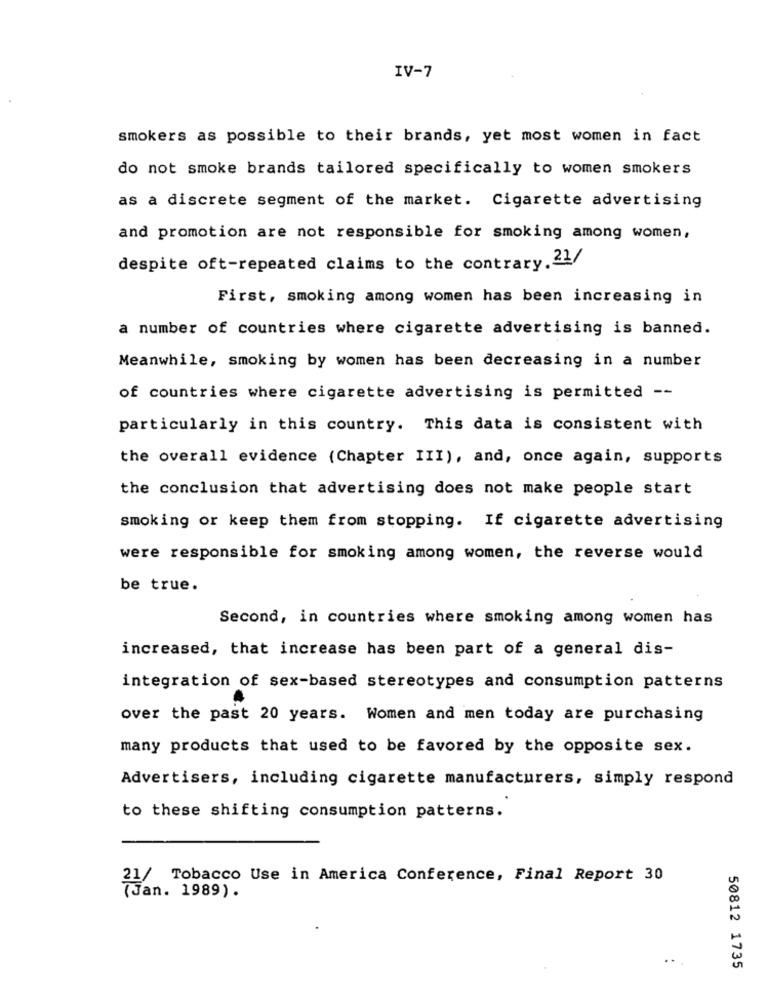
IV-7
smokers as possible to their brands, yet most women in fact
do not smoke brands tailored specifically to women smokers
as a discrete segment of the market. Cigarette advertising
and promotion are not responsible for smoking among women,
despite oft-repeated claims to the contrary. 21/
First, smoking among women has been increasing in
a number of countries where cigarette advertising is banned.
Meanwhile, smoking by women has been decreasing in a number
of countries where cigarette advertising is permitted --
particularly in this country. This data is consistent with
the overall evidence (Chapter III), and, once again, supports
the conclusion that advertising does not make people start
smoking or keep them from stopping. If cigarette advertising
were responsible for smoking among women, the reverse would
be true.
Second, in countries where smoking among women has
increased, that increase has been part of a general dis-
integration of sex-based stereotypes and consumption patterns
over the past 20 years. Women and men today are purchasing
many products that used to be favored by the opposite sex.
Advertisers, including cigarette manufacturers, simply respond
to these shifting consumption patterns.
21/ Tobacco Use in America Conference, Final Report 30
(Jan. 1989).
50812 1735